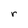
Character: r